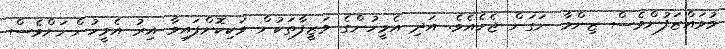
މުވައްޒަފުންވެސް ޒިންމާ ނަގަން ޖެހެއެވެ. އަދި އެމީހުންގެ ވަޒީފާތަކުން ވަކިކޮށްފައިވާ އިރު އެމީހުންނަށްވެސް